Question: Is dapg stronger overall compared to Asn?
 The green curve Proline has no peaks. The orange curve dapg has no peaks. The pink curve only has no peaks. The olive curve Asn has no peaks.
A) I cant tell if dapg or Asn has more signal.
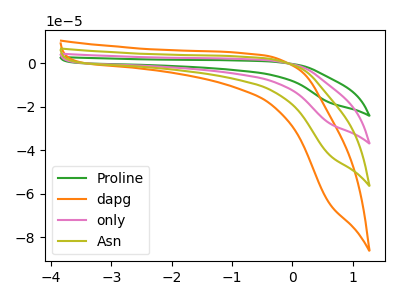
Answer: <think>Neither "dapg" or "Asn" have any peaks.
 </think>
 <answer>A) I cant tell if "dapg" or "Asn" has more signal.</answer>
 <eval>A</eval>